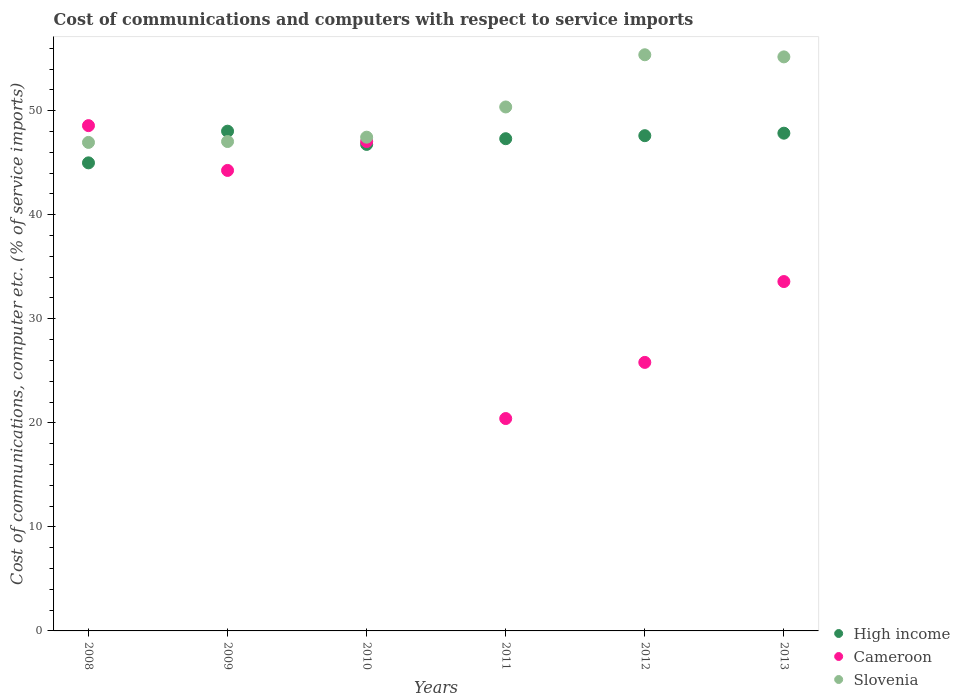
| Years | High income | Cameroon | Slovenia |
 | --- | --- | --- | --- |
 | 2008 | 45 | 48.6 | 46.9 |
 | 2009 | 48 | 44.3 | 47 |
 | 2010 | 46.8 | 47 | 47.5 |
 | 2011 | 47.3 | 20.4 | 50.4 |
 | 2012 | 47.6 | 25.8 | 55.4 |
 | 2013 | 47.8 | 33.6 | 55.2 |